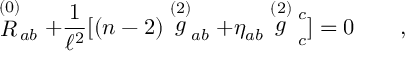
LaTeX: \stackrel { ( 0 ) } { \cal { R } } _ { a b } + { \frac { 1 } { \ell ^ { 2 } } } [ ( n - 2 ) \stackrel { ( 2 ) } g _ { a b } + \eta _ { a b } \stackrel { ( 2 ) } g \strut _ { c } ^ { c } ] = 0 \qquad ,